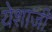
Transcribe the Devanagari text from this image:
येशाजी